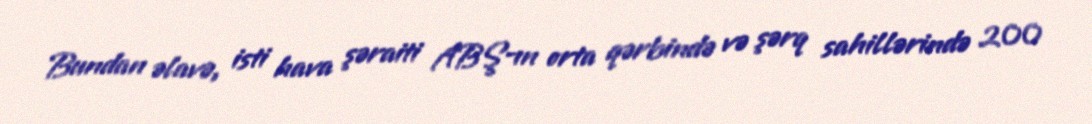
Bundan əlavə, isti hava şəraiti ABŞ-ın orta qərbində və şərq sahillərində 200